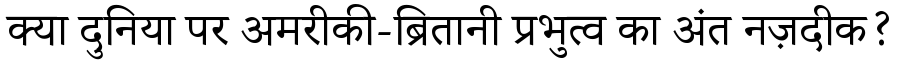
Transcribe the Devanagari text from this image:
क्या दुनिया पर अमरीकी-ब्रितानी प्रभुत्व का अंत नज़दीक?